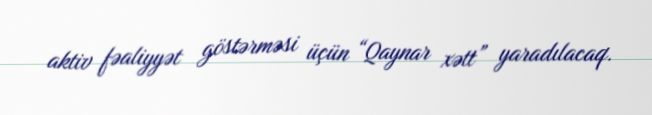
aktiv fəaliyyət göstərməsi üçün “Qaynar xətt” yaradılacaq.